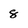
Character: 8